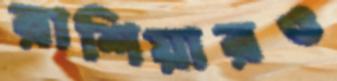
রাশিয়ারও